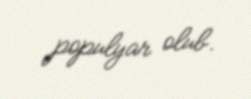
populyar olub.